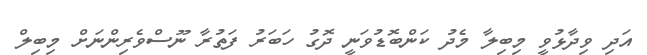
އަދި ވިދާޅުވީ މިބިލާ މެދު ކަންބޮޑުވަނީ ދޮގު ހަބަރު ފަތުރާ ނޫސްވެރިންނަށް މިބިލް